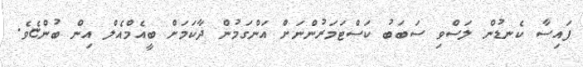
ފައިސާ ކެނޑުން ލަސްވި ސަބަބު ކަސްޓަމަރުންނަށް އަންގަމުން ދާކަމަށް ބީއެމްއެލް އިން ބުންޏެވެ.